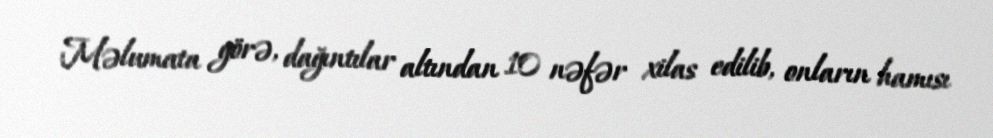
Məlumata görə, dağıntılar altından 10 nəfər xilas edilib, onların hamısı